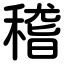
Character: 稽